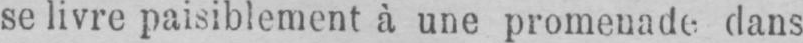
se livre paisiblement à une promenade dans